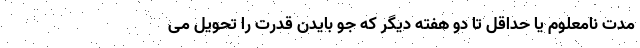
مدت نامعلوم یا حداقل تا دو هفته دیگر که جو بایدن قدرت را تحویل می